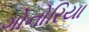
ગોનોરિયા